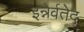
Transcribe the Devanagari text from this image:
इन्नेर्वतेद